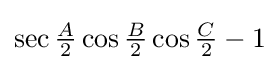
\sec {\tfrac {A}{2}}\cos {\tfrac {B}{2}}\cos {\tfrac {C}{2}}-1